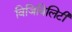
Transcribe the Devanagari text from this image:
विजिबिलिटी